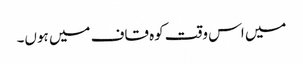
میں اس وقت کوہ قاف میں ہوں۔